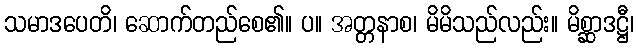
သမာဒပေတိ၊ ဆောက်တည်စေ၏။ ပ။ အတ္တနာစ၊ မိမိသည်လည်း။ မိစ္ဆာဒဋ္ဌီ၊